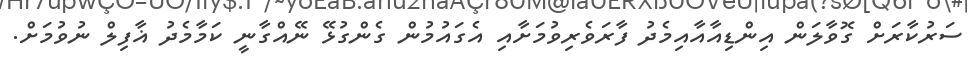
ސަރުކާރަށް ގޮވާލަން އިންޑިއާއާއިމެދު ފާރަވެރިވުމަށާއި އެގައުމުން ގެންގުޅޭ ނޭއްގާނީ ކަމާމެދު ޣާފިލް ނުވުމަށް.